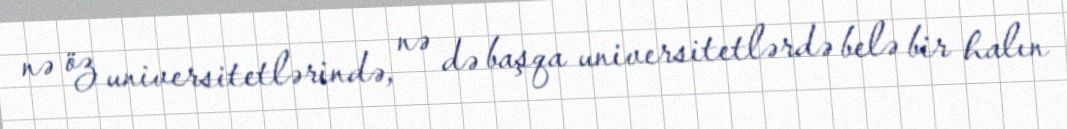
nə öz universitetlərində, nə də başqa universitetlərdə belə bir halın